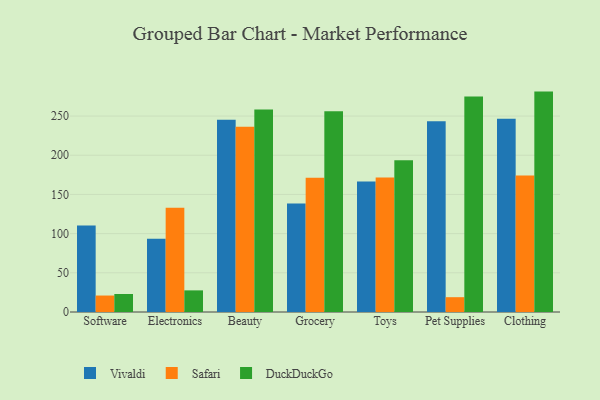
{"axis": {"x": "Category", "y": "Shipments"}, "legend": ["DuckDuckGo", "Safari", "Vivaldi"], "data": [{"x": "Software", "y": 110.4, "type": "Vivaldi"}, {"x": "Software", "y": 21.0, "type": "Safari"}, {"x": "Software", "y": 23.0, "type": "DuckDuckGo"}, {"x": "Electronics", "y": 93.6, "type": "Vivaldi"}, {"x": "Electronics", "y": 133.1, "type": "Safari"}, {"x": "Electronics", "y": 27.6, "type": "DuckDuckGo"}, {"x": "Beauty", "y": 245.2, "type": "Vivaldi"}, {"x": "Beauty", "y": 236.2, "type": "Safari"}, {"x": "Beauty", "y": 258.5, "type": "DuckDuckGo"}, {"x": "Grocery", "y": 138.3, "type": "Vivaldi"}, {"x": "Grocery", "y": 171.2, "type": "Safari"}, {"x": "Grocery", "y": 256.2, "type": "DuckDuckGo"}, {"x": "Toys", "y": 166.5, "type": "Vivaldi"}, {"x": "Toys", "y": 171.7, "type": "Safari"}, {"x": "Toys", "y": 193.6, "type": "DuckDuckGo"}, {"x": "Pet Supplies", "y": 243.5, "type": "Vivaldi"}, {"x": "Pet Supplies", "y": 18.9, "type": "Safari"}, {"x": "Pet Supplies", "y": 274.8, "type": "DuckDuckGo"}, {"x": "Clothing", "y": 246.6, "type": "Vivaldi"}, {"x": "Clothing", "y": 174.1, "type": "Safari"}, {"x": "Clothing", "y": 281.2, "type": "DuckDuckGo"}]}